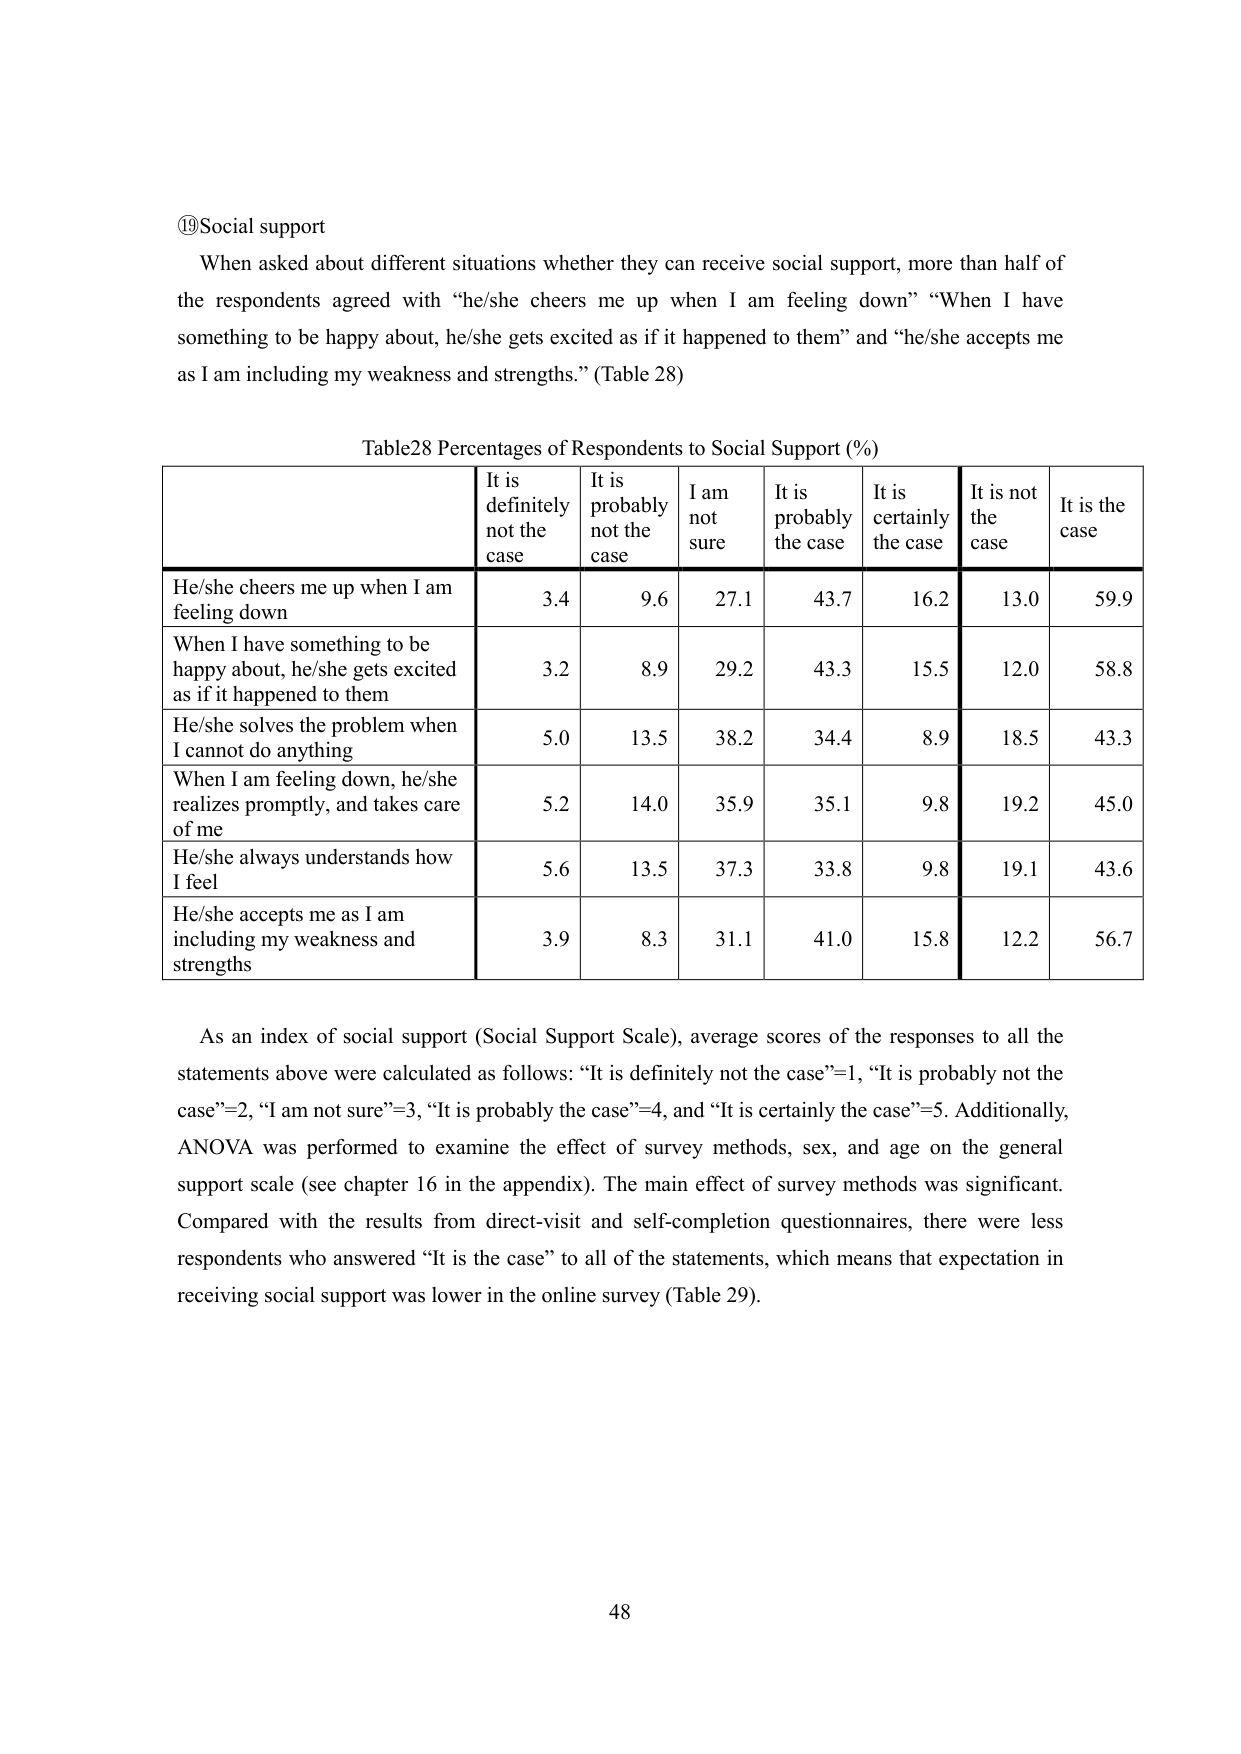
⑲Social support
When asked about different situations whether they can receive social support, more than half of the respondents agreed with “he/she cheers me up when I am feeling down” “When I have something to be happy about, he/she gets excited as if it happened to them” and “he/she accepts me as I am including my weakness and strengths.” (Table 28)

Table28 Percentages of Respondents to Social Support (%)
| | It is definitely not the case | It is probably not the case | I am not sure | It is probably the case | It is certainly the case | It is not the case | It is the case |
|---|---|---|---|---|---|---|---|
| He/she cheers me up when I am feeling down | 3.4 | 9.6 | 27.1 | 43.7 | 16.2 | 13.0 | 59.9 |
| When I have something to be happy about, he/she gets excited as if it happened to them | 3.2 | 8.9 | 29.2 | 43.3 | 15.5 | 12.0 | 58.8 |
| He/she solves the problem when I cannot do anything | 5.0 | 13.5 | 38.2 | 34.4 | 8.9 | 18.5 | 43.3 |
| When I am feeling down, he/she realizes promptly, and takes care of me | 5.2 | 14.0 | 35.9 | 35.1 | 9.8 | 19.2 | 45.0 |
| He/she always understands how I feel | 5.6 | 13.5 | 37.3 | 33.8 | 9.8 | 19.1 | 43.6 |
| He/she accepts me as I am including my weakness and strengths | 3.9 | 8.3 | 31.1 | 41.0 | 15.8 | 12.2 | 56.7 |

As an index of social support (Social Support Scale), average scores of the responses to all the statements above were calculated as follows: “It is definitely not the case”=1, “It is probably not the case”=2, “I am not sure”=3, “It is probably the case”=4, and “It is certainly the case”=5. Additionally, ANOVA was performed to examine the effect of survey methods, sex, and age on the general support scale (see chapter 16 in the appendix). The main effect of survey methods was significant. Compared with the results from direct-visit and self-completion questionnaires, there were less respondents who answered “It is the case” to all of the statements, which means that expectation in receiving social support was lower in the online survey (Table 29).

48